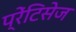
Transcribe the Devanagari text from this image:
प्रेंटिसेज